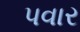
પવાર